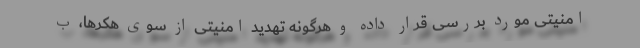
امنیتی مورد بررسی قرار داده و هرگونه تهدید امنیتی از سوی هکرها، ب